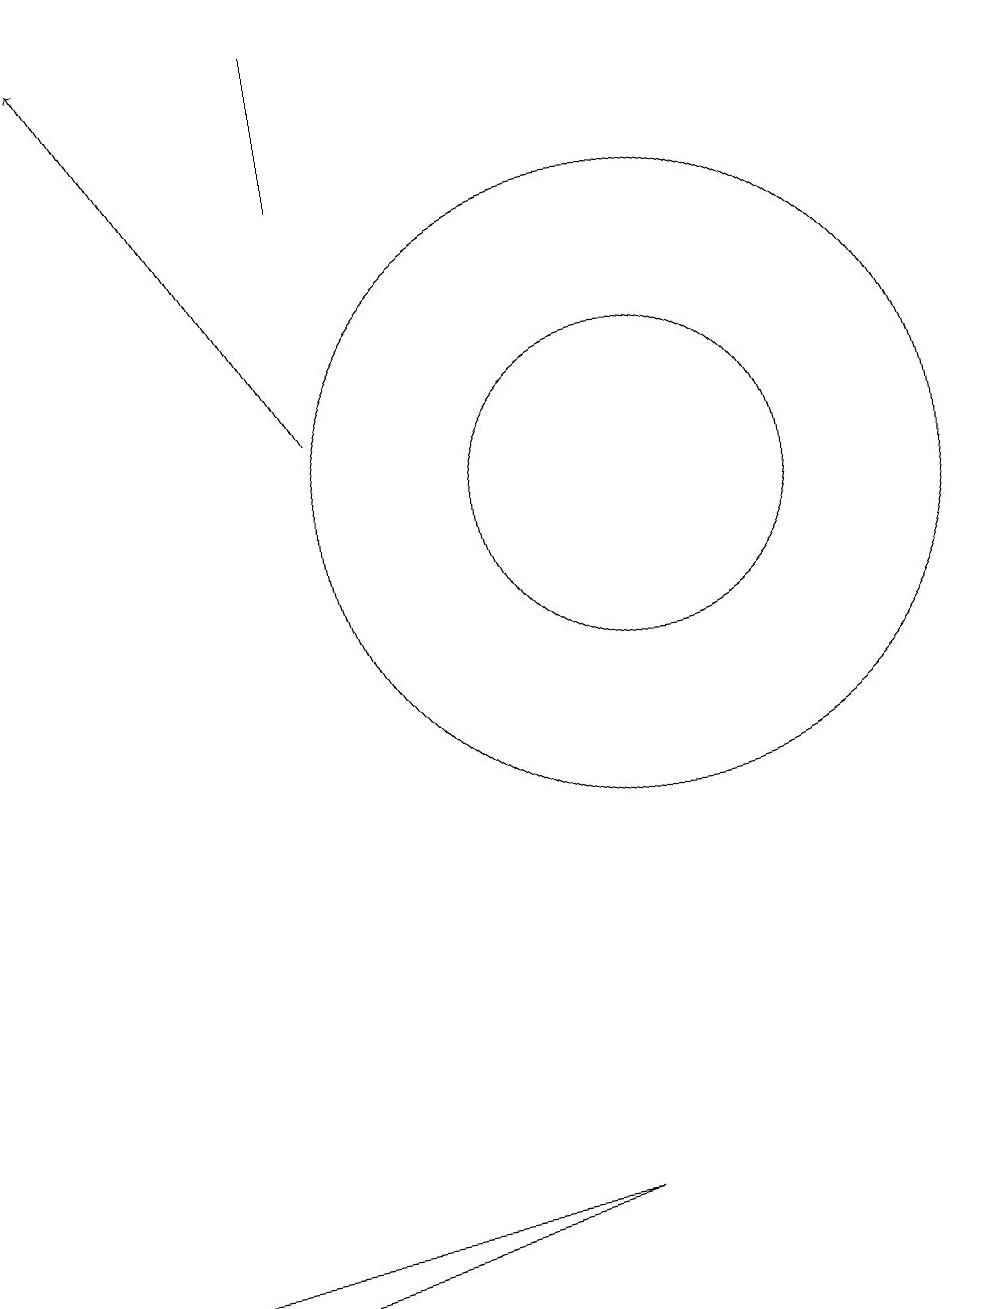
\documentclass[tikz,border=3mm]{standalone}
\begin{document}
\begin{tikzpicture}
\draw[->] (6,12) -- (3,17);
\draw (6,17) rectangle (6,15);
\draw (10,11) circle (4);
\draw (9,2) -- (2,1) -- (5,1) -- cycle;
\draw (10,11) circle (2);
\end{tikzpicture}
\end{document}